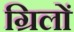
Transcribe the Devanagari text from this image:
ग्रिलों